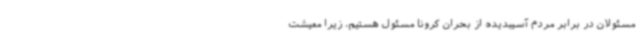
مسئولان در برابر مردم آسیبدیده از بحران کرونا مسئول هستیم، زیرا معیشت